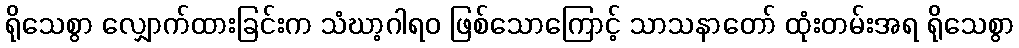
ရိုသေစွာ လျှောက်ထားခြင်းက သံဃာ့ဂါရဝ ဖြစ်သောကြောင့် သာသနာတော် ထုံးတမ်းအရ ရိုသေစွာ